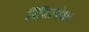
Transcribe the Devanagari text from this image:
सिंहापेक्षा